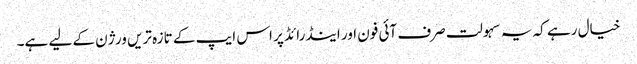
خیال رہے کہ یہ سہولت صرف آئی فون اور اینڈرائڈ پر اس ایپ کے تازہ تریں ورژن کے لیے ہے۔